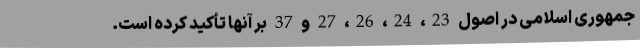
جمهوری اسلامی در اصول 23، 24، 26، 27 و 37 بر آنها تأکید کرده است.